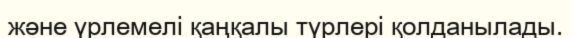
және үрлемелі қаңқалы түрлері қолданылады.